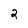
Character: 2